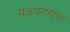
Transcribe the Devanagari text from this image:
यज्ञपरायण